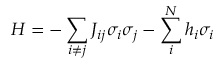
H = - \sum _ { i \ne j } { { J _ { i j } } { \sigma _ { i } } { \sigma _ { j } } } - \sum _ { i } ^ { N } { { h _ { i } } } { \sigma _ { i } }